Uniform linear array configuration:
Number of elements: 24
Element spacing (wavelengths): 0.75
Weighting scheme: binomial
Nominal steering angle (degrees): -45
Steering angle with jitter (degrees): -46.653
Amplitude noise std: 0.05
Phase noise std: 0.05

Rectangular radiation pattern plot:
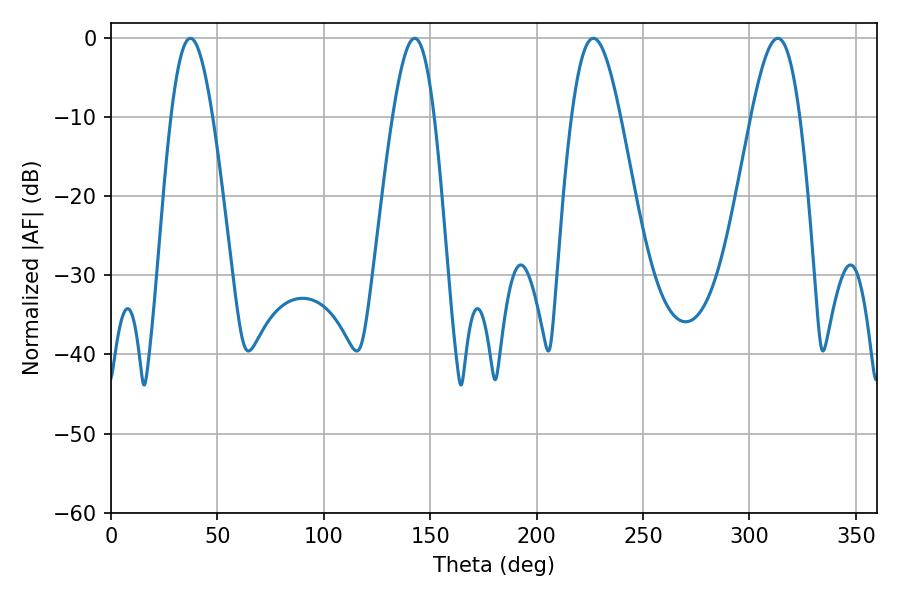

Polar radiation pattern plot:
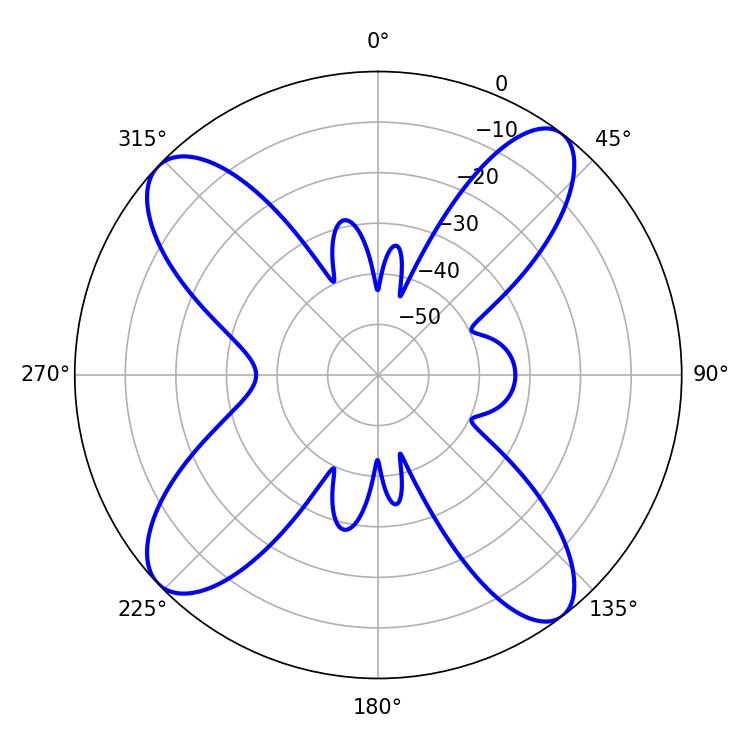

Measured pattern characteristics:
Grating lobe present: TRUE
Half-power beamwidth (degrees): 12.24
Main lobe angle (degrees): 226.62